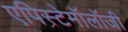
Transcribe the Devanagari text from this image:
एपिस्टेमॉलॉजी